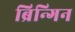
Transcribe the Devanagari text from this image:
ब्रिन्गिन